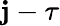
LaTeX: \mathbf{j}-\tau